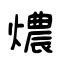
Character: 燶